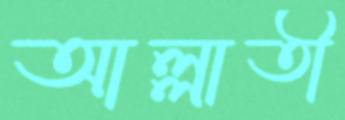
আল্লাতী